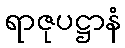
ရာဇုပဋ္ဌာနံ